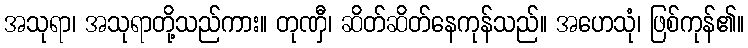
အသုရာ၊ အသုရာတို့သည်ကား။ တုဏှီ၊ ဆိတ်ဆိတ်နေကုန်သည်။ အဟေသုံ၊ ဖြစ်ကုန်၏။